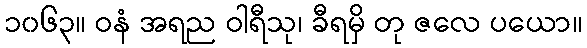
၁၀၆၃။ ဝနံ အရည ဝါရီသု၊ ခီရမှိ တု ဇလေ ပယော။